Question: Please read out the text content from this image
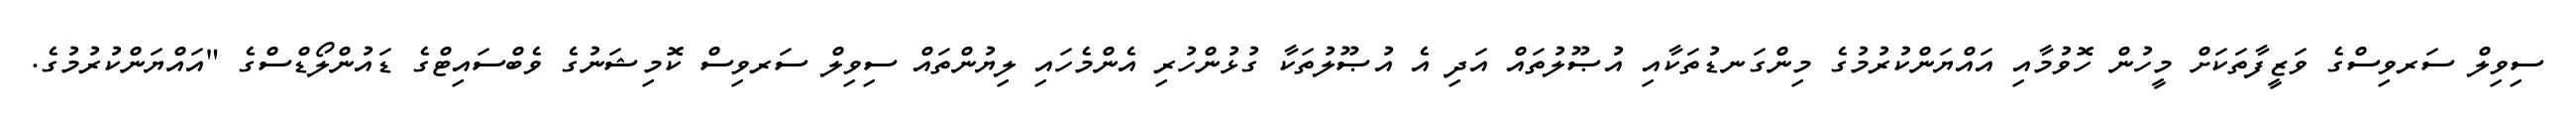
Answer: ސިވިލް ސަރވިސްގެ ވަޒީފާތަކަށް މީހުން ހޮވުމާއި އައްޔަންކުރުމުގެ މިންގަނޑުތަކާއި އުޞޫލުތައް އަދި އެ އުޞޫލުތަކާ ގުޅުންހުރި އެންމެހައި ލިޔުންތައް ސިވިލް ސަރވިސް ކޮމިޝަނުގެ ވެބްސައިޓްގެ ޑައުންލޯޑްސްގެ "އައްޔަންކުރުމުގެ.